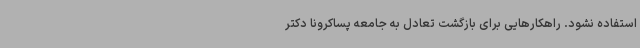
استفاده نشود. راهکارهایی برای بازگشت تعادل به جامعه پساکرونا دکتر